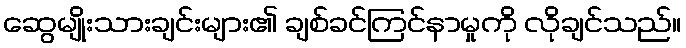
ဆွေမျိုးသားချင်းများ၏ ချစ်ခင်ကြင်နာမှုကို လိုချင်သည်။